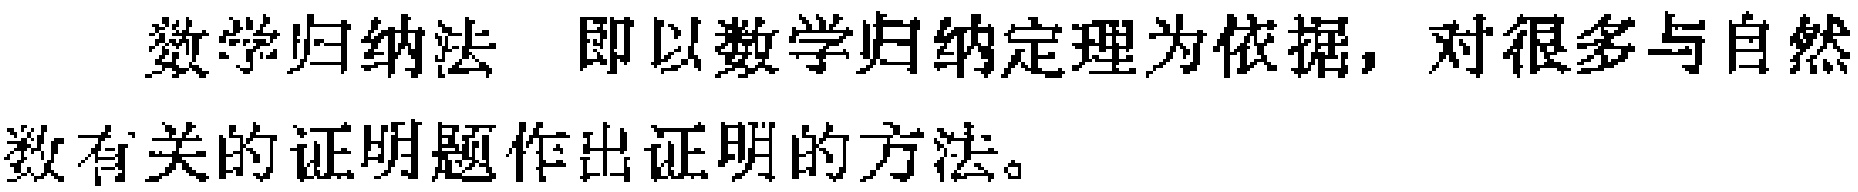
数学归纳法 即以数学归纳定理为依据，对很多与自然数有关的证明题作出证明的方法。